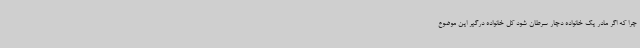
چرا که اگر مادر یک خانواده دچار سرطان شود کل خانواده درگیر این موضوع